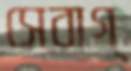
সেবাগ্